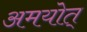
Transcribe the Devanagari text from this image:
अमयोत्